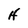
Character: H